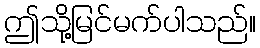
ဤသို့မြင်မက်ပါသည်။